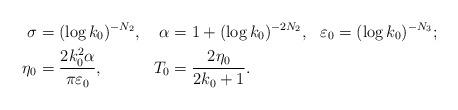
LaTeX: \begin{align*}\begin{aligned}\sigma&=(\log k_0)^{-N_2},&\alpha&=1+(\log k_0)^{-2N_2},&\varepsilon_0&=(\log k_0)^{-N_3};\\\eta_0&=\frac{2k_0^2\alpha}{\pi\varepsilon_0},&T_0&=\frac{2\eta_0}{2k_0+1}.\end{aligned}\end{align*}